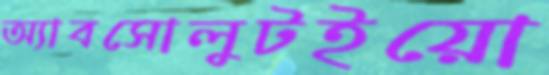
অ্যাবসোলুটইয়ো